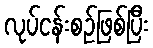
လုပ်ငန်းစဉ်ဖြစ်ပြီး